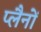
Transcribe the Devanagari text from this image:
प्लैनों